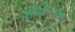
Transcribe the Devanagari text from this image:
अध्ािक